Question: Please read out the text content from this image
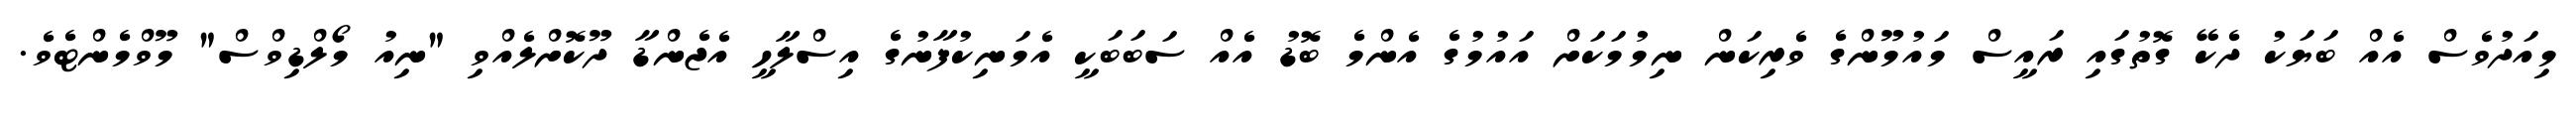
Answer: މިއަދުވެސް އެއް ބަޔަކު ދެކޭ ގޮތުގައި ރައީސް މައުމޫންގެ ވެރިކަން ނިމުމަކަށް އައުމުގެ އެންމެ ބޮޑު އެއް ސަބަބަކީ އެމަނިކުފާނުގެ އިސްލާހީ އެޖެންޑާ ދޫކޮށްލެއްވި "ނިއު މޯލްޑިވްސް" މޫވްމެންޓެވެ.